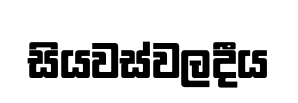
සියවස්වලදීය